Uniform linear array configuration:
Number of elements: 16
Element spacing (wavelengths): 0.25
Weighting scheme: exponential
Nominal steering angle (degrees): -45
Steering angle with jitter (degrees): -43.968
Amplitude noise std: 0.05
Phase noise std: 0.05

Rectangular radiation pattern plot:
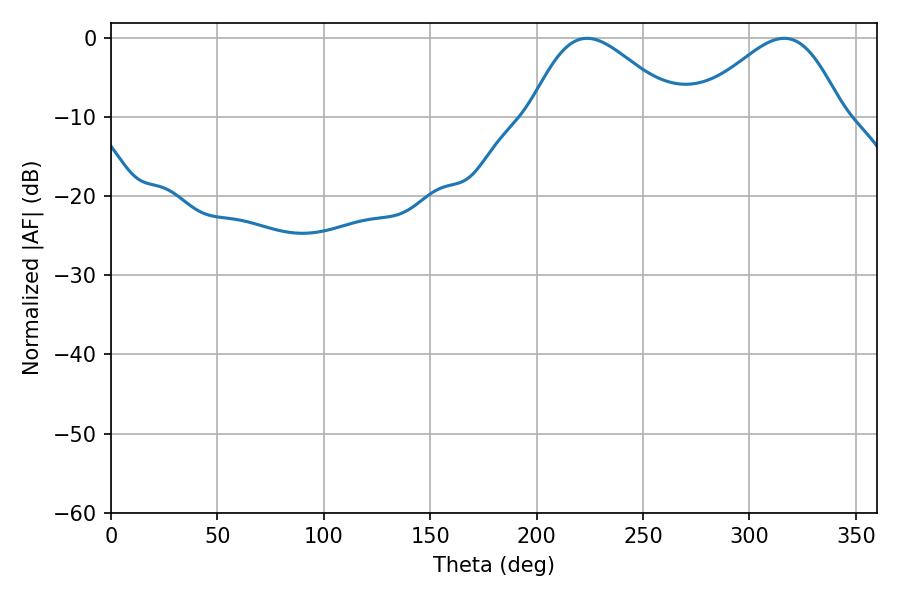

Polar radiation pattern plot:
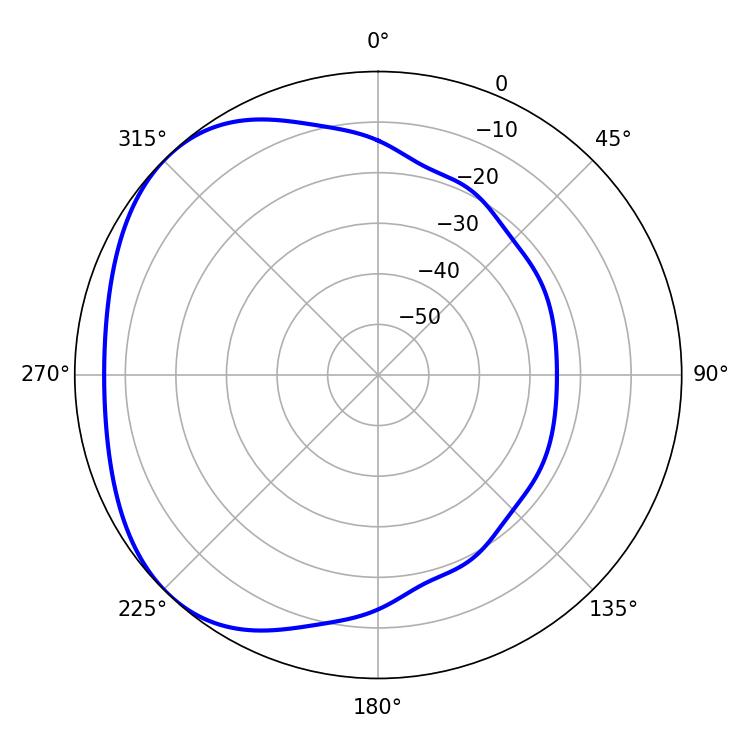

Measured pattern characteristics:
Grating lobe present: FALSE
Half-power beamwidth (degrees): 36.9
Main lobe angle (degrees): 223.74